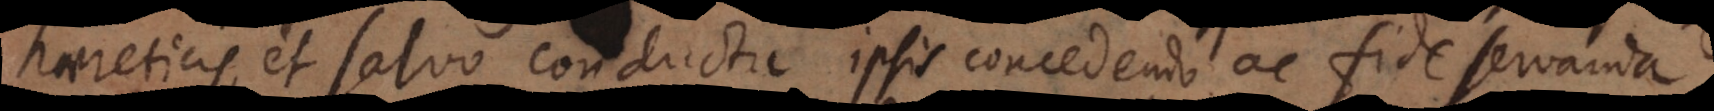
haereticis, et salvo conductu ipsis concedendo ac fide servanda,